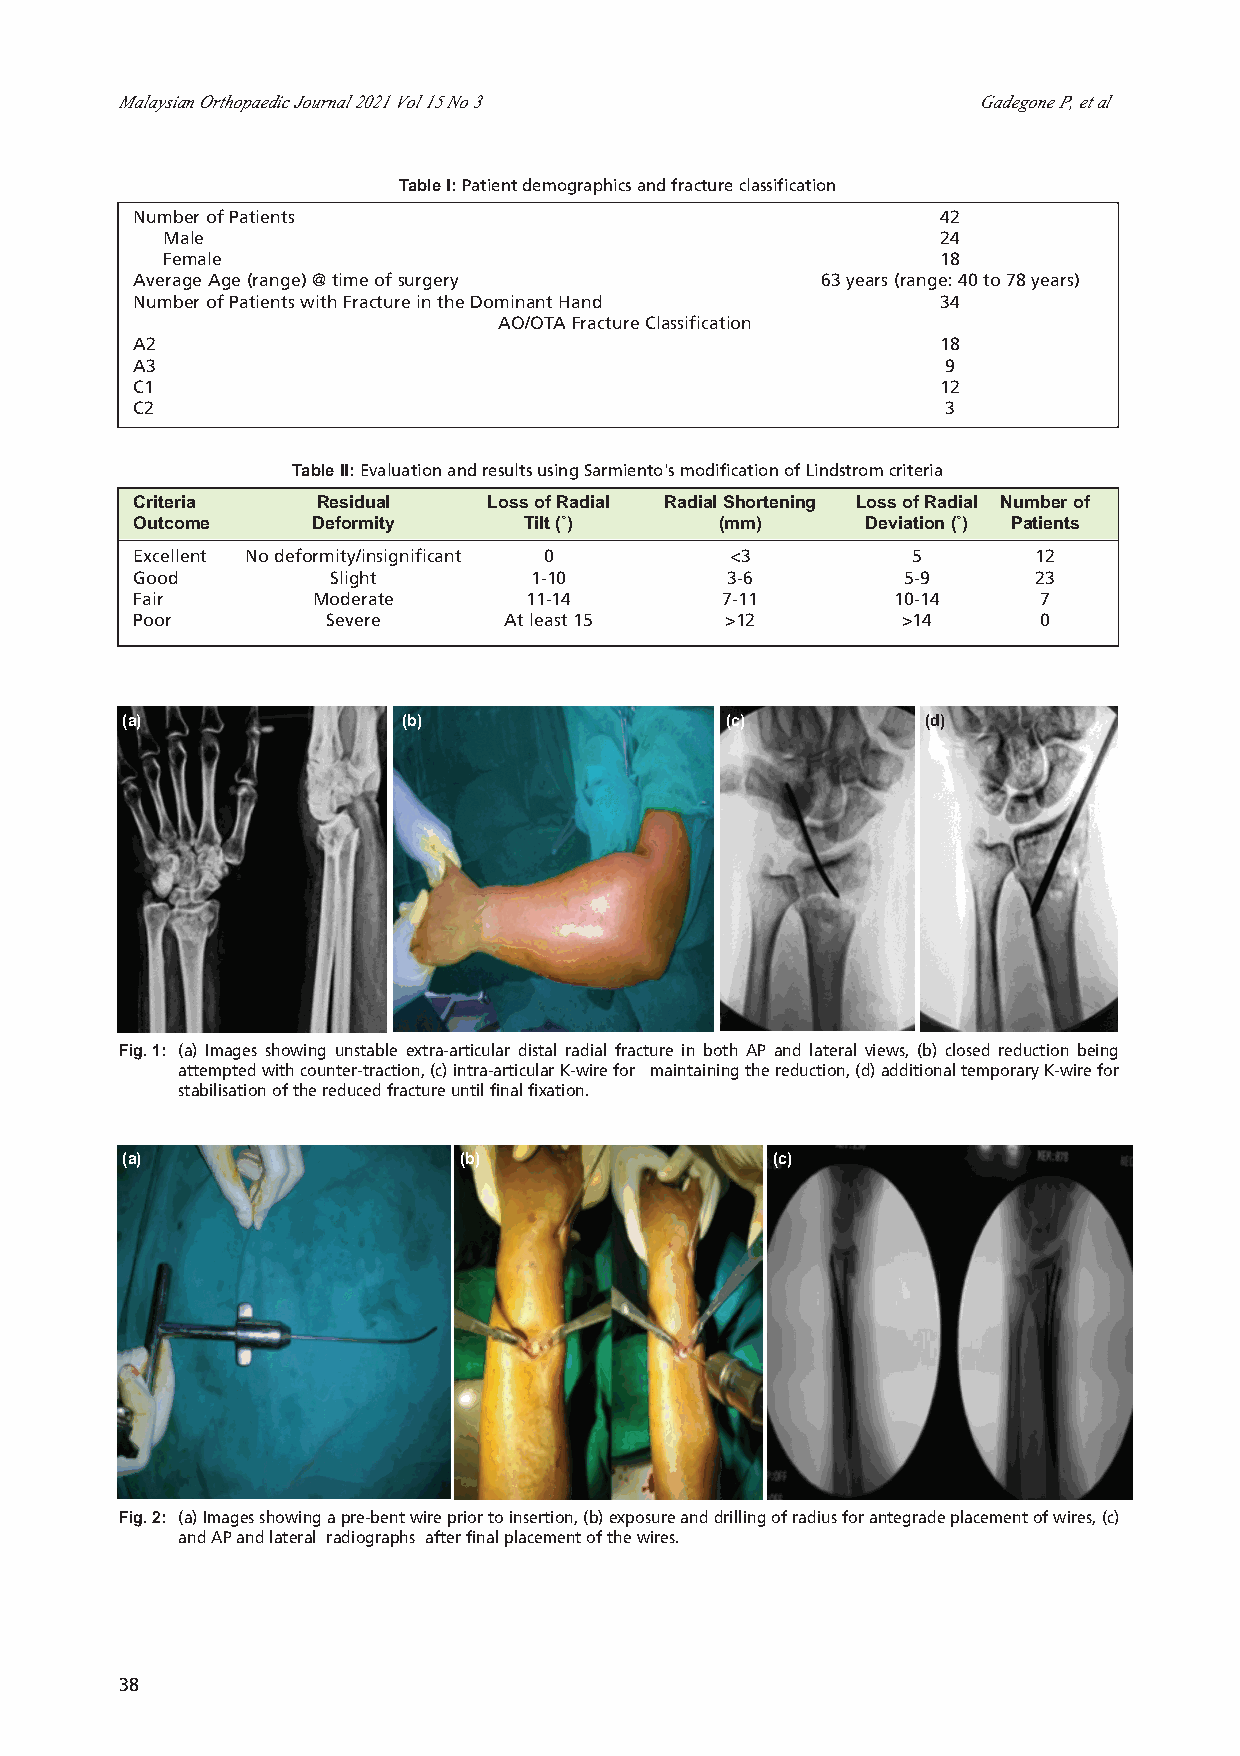
6-OS6-286_OA1 11/21/21 11:22 PM Page 38
 Malaysian Orthopaedic Journal 2021 Vol 15 No 3           Gadegone P, et al
 Patient demographics and fracture classification
 Table I:
 Number of Patients                                   42
 Male                                               24
 Female                                             18
 Average Age (range) @ time of surgery        63 years (range: 40 to 78 years)
 Number of Patients with Fracture in the Dominant Hand 34
 AO/OTA Fracture Classification
 A2                                                   18
 A3                                                   9
 C1                                                   12
 C2                                                   3
 Evaluation and results using Sarmiento's modification of Lindstrom criteria
 Table II:
 Criteria    Residual   Loss of Radial Radial Shortening Loss of Radial Number of
 Outcome    Deformity     Tilt (˚)     (mm)      Deviation (˚) Patients
 Excellent No deformity/insignificant 0 <3          5       12
 Good         Slight       1-10         3-6         5-9     23
 Fair       Moderate       11-14        7-11       10-14     7
 Poor        Severe      At least 15    >12        >14       0
 (a)               (b)                   (c)          (d)
 (a) Images showing unstable extra-articular distal radial fracture in both AP and lateral views, (b) closed reduction being
 Fig. 1:
 attempted with counter-traction, (c) intra-articular K-wire for maintaining the reduction, (d) additional temporary K-wire for
 stabilisation of the reduced fracture until final fixation.
 (a)                   (b)                  (c)
 (a) Images showing a pre-bent wire prior to insertion, (b) exposure and drilling of radius for antegrade placement of wires, (c)
 Fig. 2:
 and AP and lateral radiographs after final placement of the wires.
 38